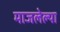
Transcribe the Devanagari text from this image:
माजलेल्या